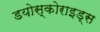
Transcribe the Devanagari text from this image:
डयोस्कोराइड्स